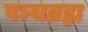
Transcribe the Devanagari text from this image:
पञ्चब्रह्म